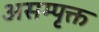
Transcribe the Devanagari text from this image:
असम्पृक्त